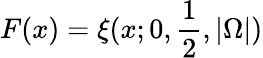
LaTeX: F(x)=\xi(x;0,\frac{1}{2},|\Omega|)